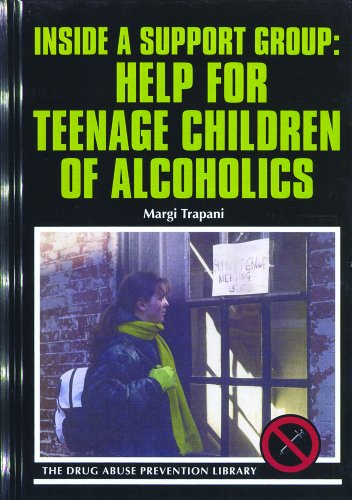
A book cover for Inside a Support Group: Help for Teenage Children of Alcoholics (Drug Abuse Prevention Library); Margi Trapani; Teen & Young Adult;